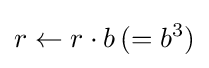
r\leftarrow r\cdot b\,(=b^{3})